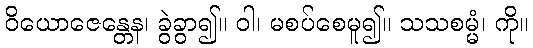
ဝိယောဇေန္တေန၊ ခွဲခွာ၍။ ဝါ၊ မစပ်စေမူ၍။ သသစမ္မံ၊ ကို။